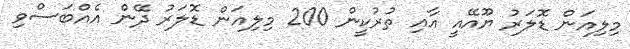
މިލިއަން ޑޮލަރު ޔޫއޭއީ އާއި ތުރުކީން 200 މިލިއަން ޑޮލަރު ދޭން އެއްބަސްވި